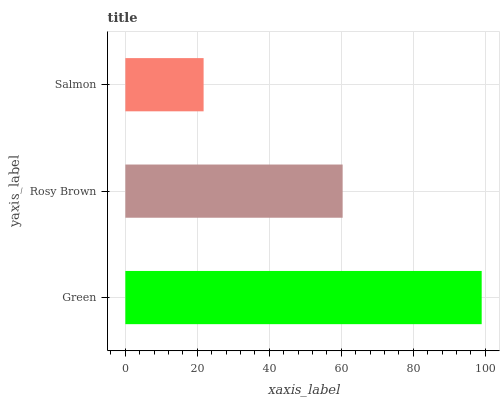
| yaxis_label | bars |
 | --- | --- |
 | Green | 99 |
 | Rosy Brown | 60.4 |
 | Salmon | 21.7 |